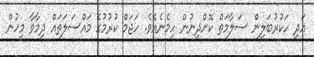
އަދި ހަކުރުބަލިން ސަލާމަތް ކޮށްދިނުން ހިމެނެއެވެ. ހަޖަމް ކުރުމުގެ މައްސަލަތައް ދިމާވާ މީހުން